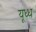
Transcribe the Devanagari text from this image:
यूध्ध